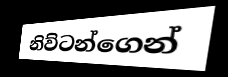
නිව්ටන්ගෙන්